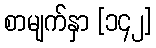
စာမျက်နှာ [၁၄၂]